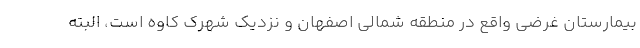
بیمارستان غرضی واقع در منطقه شمالی اصفهان و نزدیک شهرک کاوه است، البته